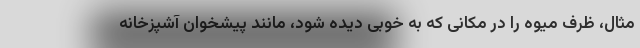
مثال، ظرف میوه را در مکانی که به خوبی دیده شود، مانند پیشخوان آشپزخانه